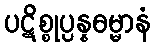
ပဋိစ္စုပ္ပန္နဓမ္မာနံ